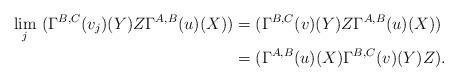
LaTeX: \begin{align*}\underset{j}{\lim} \ (\Gamma^{B,C}(v_j)(Y)Z\Gamma^{A,B}(u)(X))& =(\Gamma^{B,C}(v)(Y)Z\Gamma^{A,B}(u)(X)) \\& = (\Gamma^{A,B}(u)(X)\Gamma^{B,C}(v)(Y)Z).\end{align*}